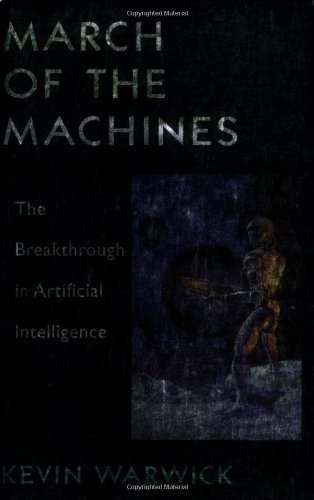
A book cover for March of the Machines: The Breakthrough in Artificial Intelligence; Kevin Warwick; Computers & Technology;